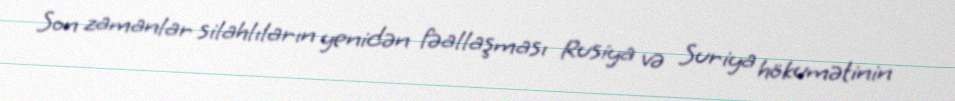
Son zamanlar silahlıların yenidən fəallaşması Rusiya və Suriya hökumətinin